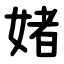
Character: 媎